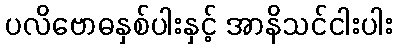
ပလိဗောဓနှစ်ပါးနှင့် အာနိသင်ငါးပါး